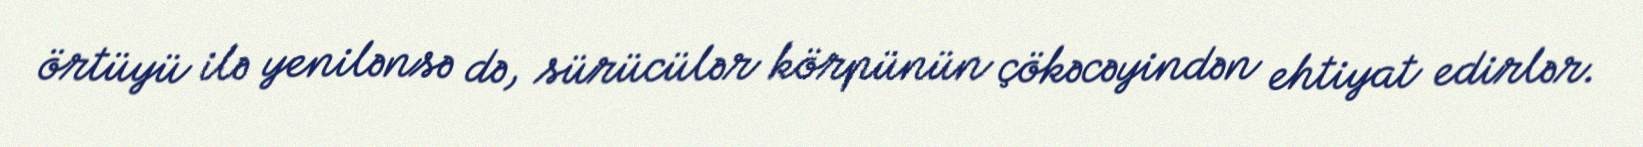
örtüyü ilə yenilənsə də, sürücülər körpünün çökəcəyindən ehtiyat edirlər.